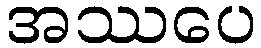
အဿပေ